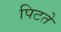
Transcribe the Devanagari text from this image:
पिटते